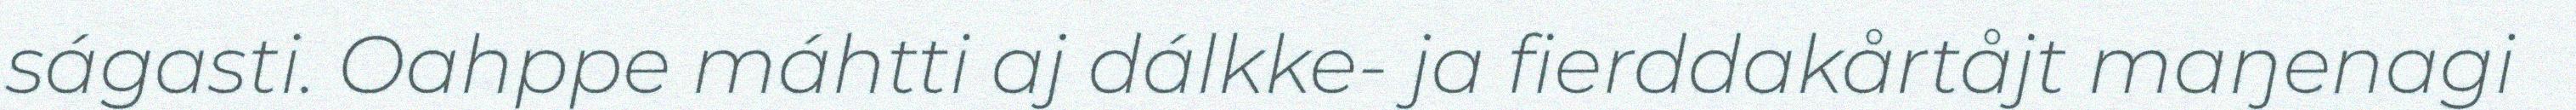
ságasti. Oahppe máhtti aj dálkke- ja fierddakårtåjt maŋenagi